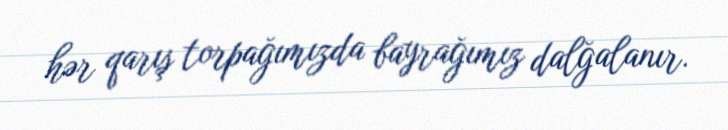
hər qarış torpağımızda bayrağımız dalğalanır.